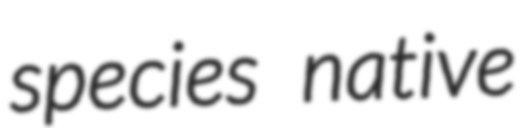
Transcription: species native